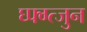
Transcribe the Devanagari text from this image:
घ्फ्ग्त्जुन